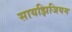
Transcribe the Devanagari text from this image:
सायझिजियम